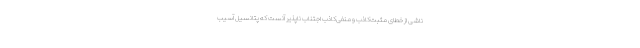
ناشی از خطای مثبت‌کاذب و منفی‌کاذب اجتناب ناپذیر آنست که پتانسیل آسیب